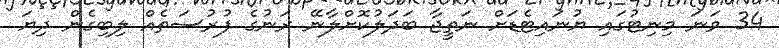
34 ވަނަ މިނިޓުގައި ޔުނައިޓެޑަށް ނަތީޖާ ބަދަލުކޮށްލާނޭ ރަނުގެ ފުރުސަތެއް ލިބިގެން ދިޔަ